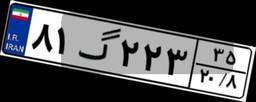
۸۱گ۲۲۳۳۵